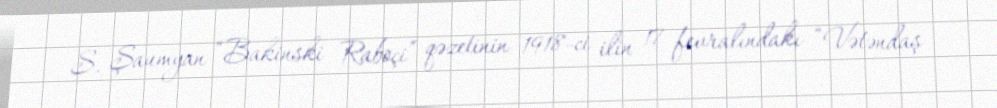
S. Şaumyan “Bakinski Raboçi” qəzetinin 1918-ci ilin 17 fevralındakı “Vətəndaş